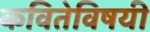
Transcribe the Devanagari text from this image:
कवितेविषयी